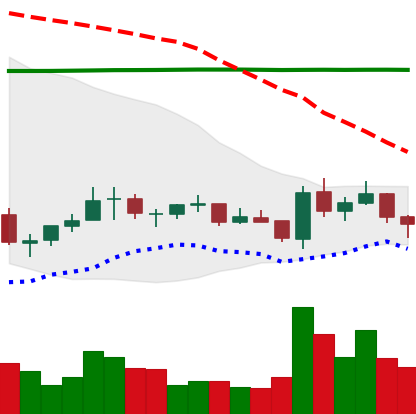
Ticker: EOS-USD
Chart end date: 2021-07-14
Forward return: -9.636%
Label: down_7plus